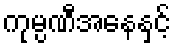
ကုမ္ပဏီအနေနှင့်